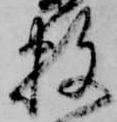
数